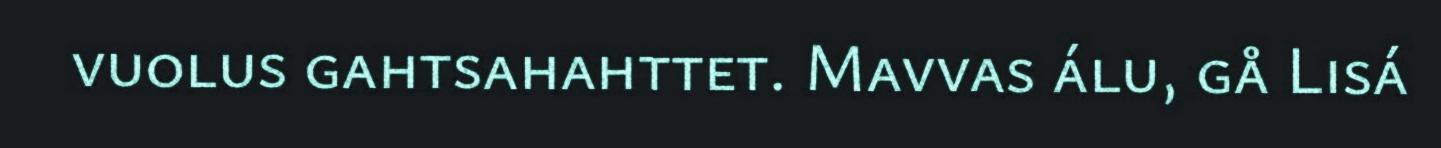
vuolus gahtsahahttet. Mavvas álu, gå Lisá